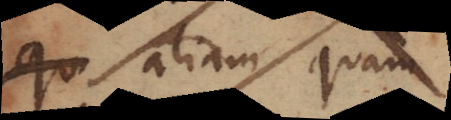
Qu aliam quam